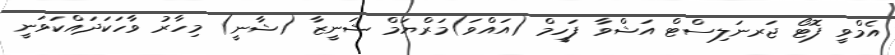
އެމްވީ ފޮޓޯ ޖަރނަލިސްޓް އަޝްވާ ފަހީމް (އައްވަ)މަރްޔަމް ޝަނީޒާ (ޝާނީ) މިހާރު ވާހަކަދައްކަވަނީ